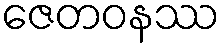
ဇေတဝနဿ